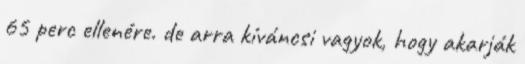
65 perc ellenére. de arra kíváncsi vagyok, hogy akarják